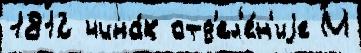
1812 чина́х отд'ел'е́н'иjе М